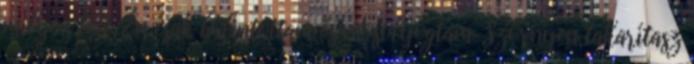
milyen lett. Én csak bólintottam és mosolyogtam. Szörnyen takarítasz